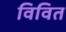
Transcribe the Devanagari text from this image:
विवित